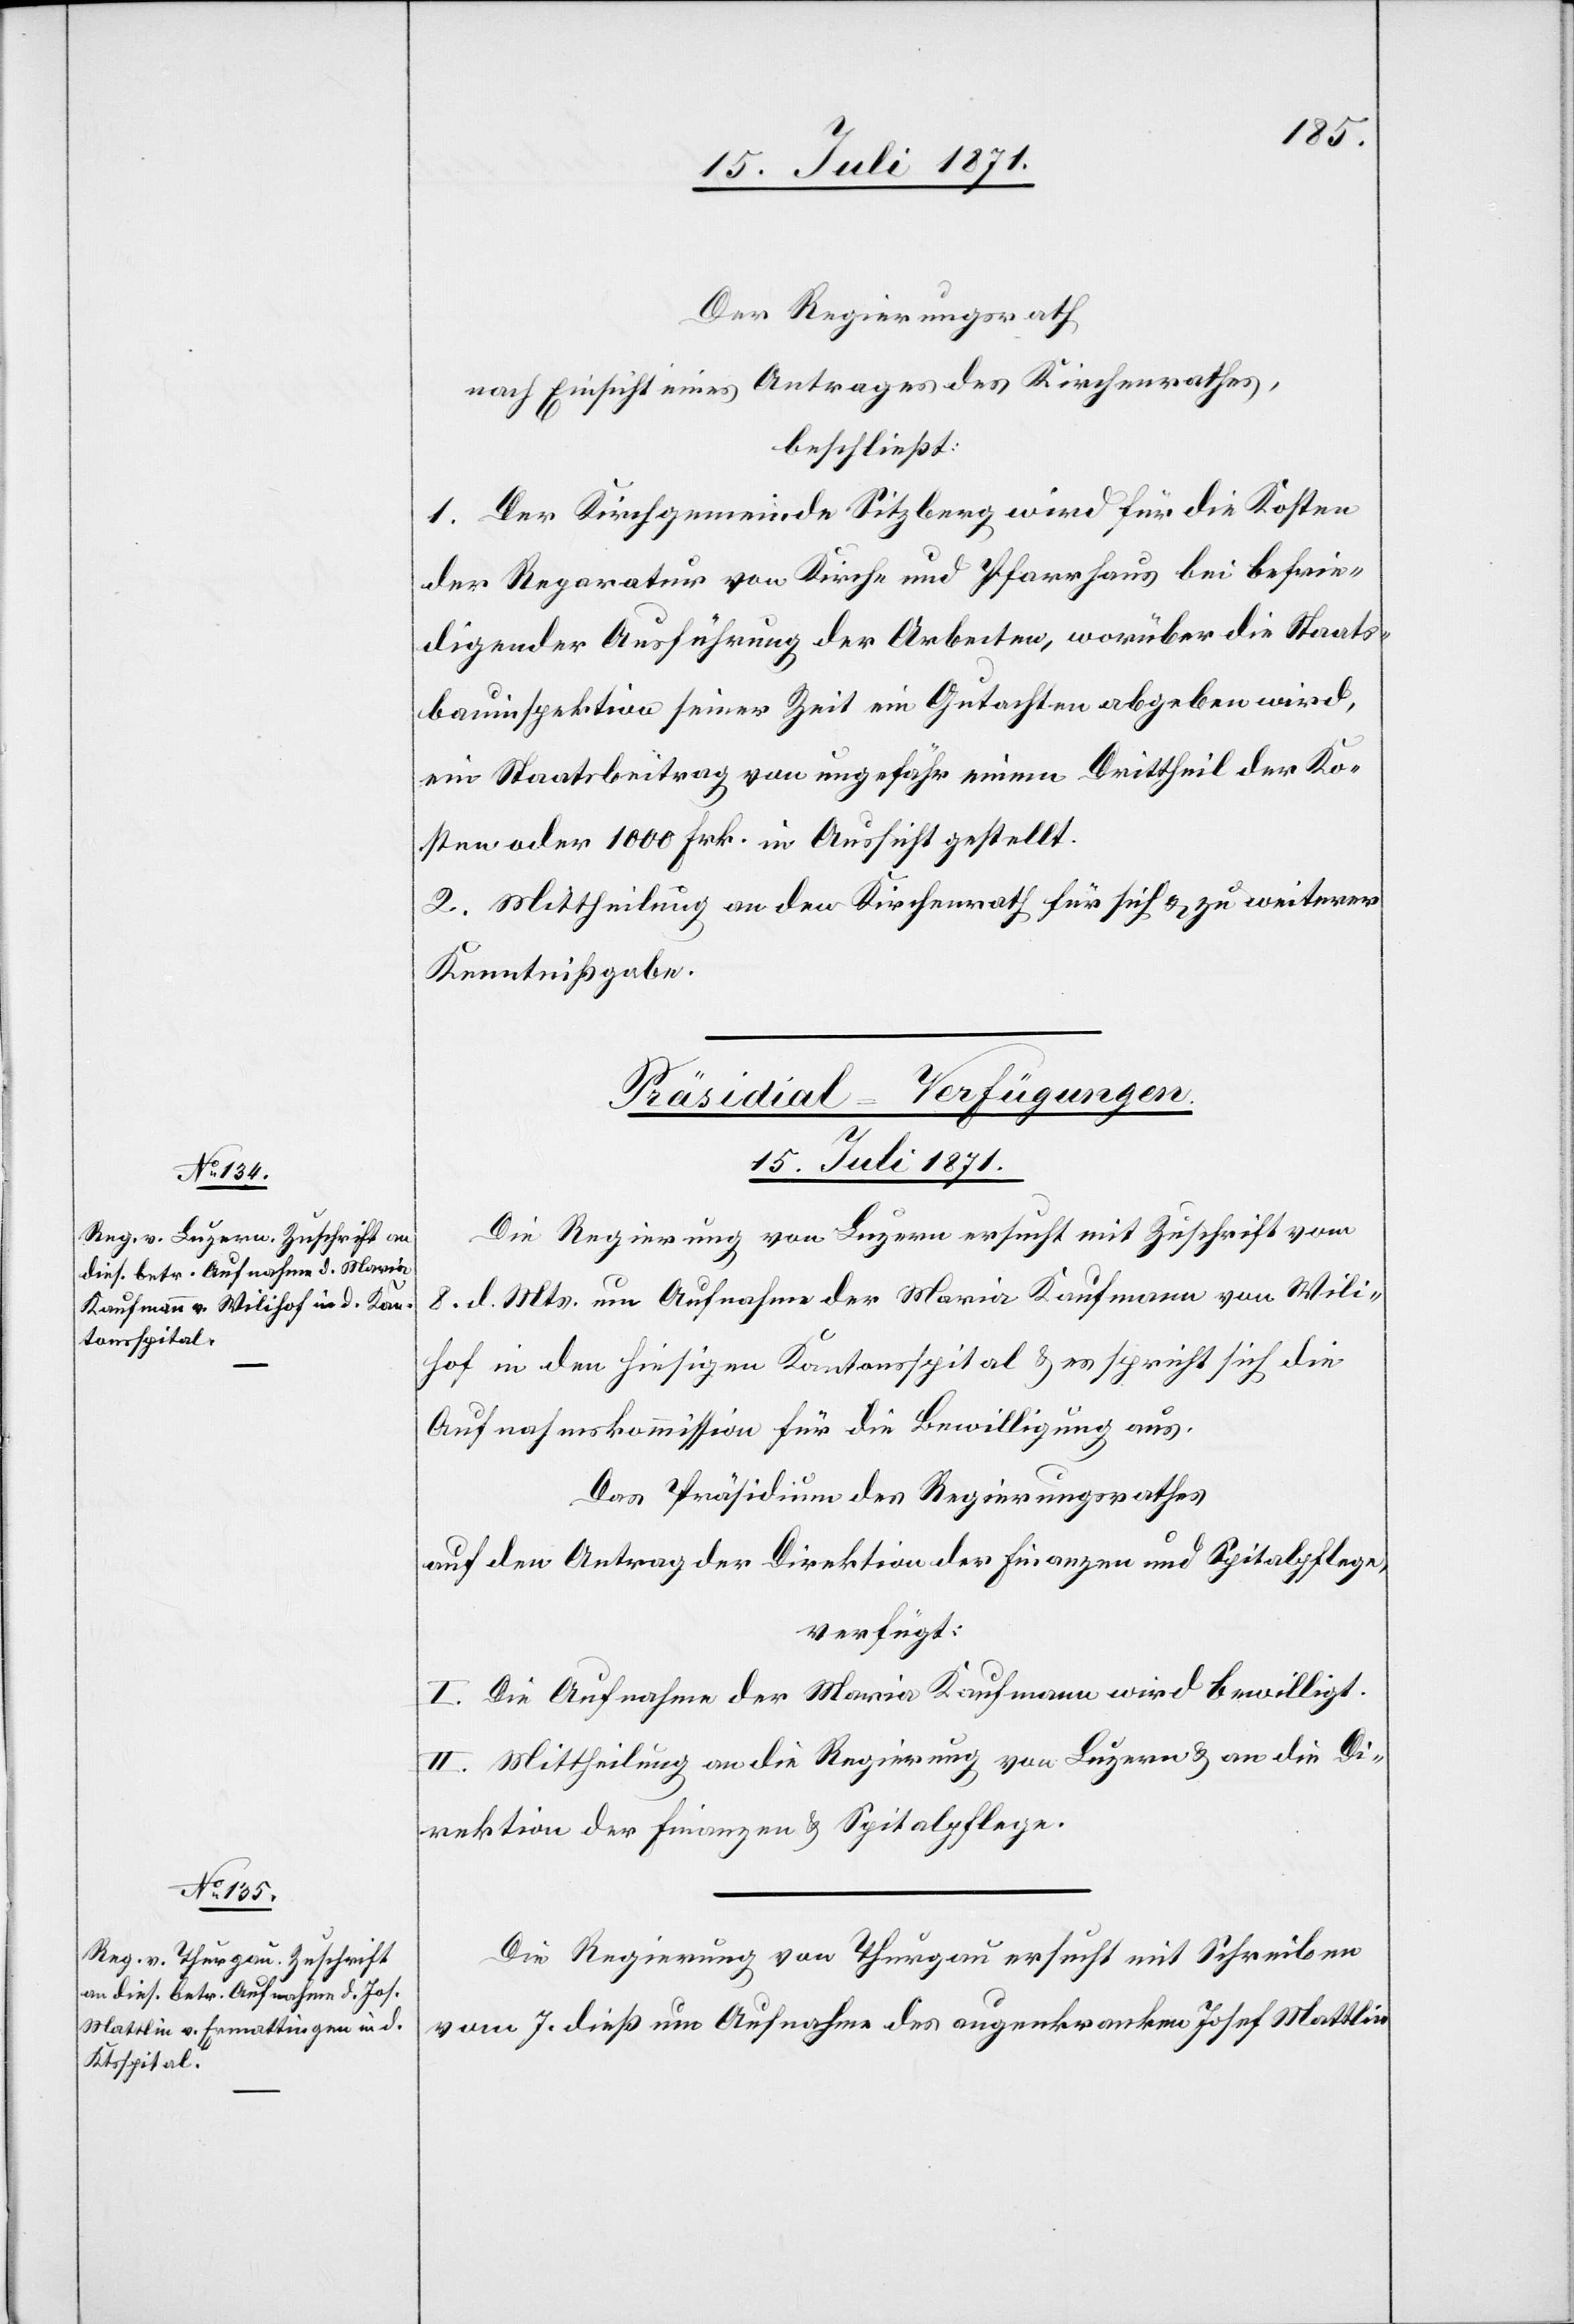
Der Regierungsrath
nach Einsicht eines Antrages des Kirchenrathes,
beschließt:
1. Der Kirchgemeinde Sitzberg wird für die Kosten
der Reparatur von Kirche und Pfarrhaus bei befrie¬
digender Ausführung der Arbeiten, worüber die Staats¬
bauinspektion seiner Zeit ein Gutachten abgeben wird,
ein Staatsbeitrag von ungefähr einem Drittheil der Ko¬
sten oder 1000 Frk. in Aussicht gestellt.
2. Mittheilung an den Kirchenrath für sich u. zu weiterer
Kenntnißgabe.
[Präsidial-Verfügungen
15. Juli 1871.]
Die Regierung von Luzern ersucht mit Zuschrift vom
8. d. Mts. um Aufnahme der Maria Kaufmann von Wili¬
hof in den hiesigen Kantonsspital u. es spricht sich die
Aufnahmskommission für die Bewilligung aus.
Das Präsidium des Regierungsrathes
auf den Antrag der Direktion der Finanzen und Spitalpflege,
verfügt:
I. Die Aufnahme der Maria Kaufmann wird bewilligt.
II. Mittheilung an die Regierung von Luzern u. an die Di¬
rektion der Finanzen u. Spitalpflege.
Die Regierung von Thurgau ersucht mit Schreiben
vom 7. dieß um Aufnahme des augenkranken Josef Mattlin